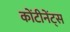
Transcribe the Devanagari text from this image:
कोंटीनेंट्स